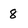
Character: 8